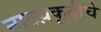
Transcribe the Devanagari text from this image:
नाटय़कृतीचे